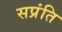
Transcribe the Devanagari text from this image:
सप्रंति